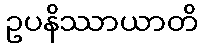
ဥပနိဿာယာတိ